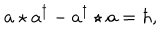
a \star a ^ { \dagger } - a ^ { \dagger } \star a = \hbar ,